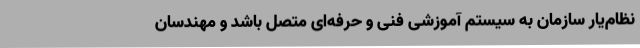
نظام‌یار سازمان به سیستم آموزشی فنی و حرفه‌ای متصل باشد و مهندسان